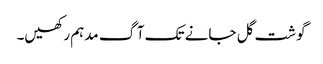
گوشت گل جانے تک آگ مدہم رکھیں۔